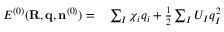
\begin{array} { r l } { { \cal E } ^ { ( 0 ) } ( { \bf R , q } , { \bf n } ^ { ( 0 ) } ) = } & { { } \sum _ { I } \chi _ { i } q _ { i } + \frac { 1 } { 2 } \sum _ { I } U _ { I } q _ { I } ^ { 2 } } \end{array}